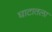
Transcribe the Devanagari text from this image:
घाटातला